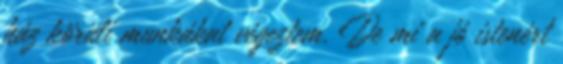
ház körüli munkákat végeztem. De mi a jó istenért